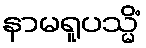
နာမရူပသ္မိံ